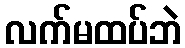
လက်မထပ်ဘဲ